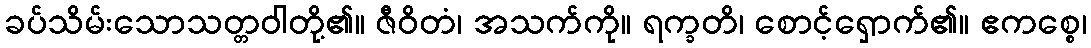
ခပ်သိမ်းသောသတ္တဝါတို့၏။ ဇီဝိတံ၊ အသက်ကို။ ရက္ခတိ၊ စောင့်ရှောက်၏။ ဧကစ္စေ၊